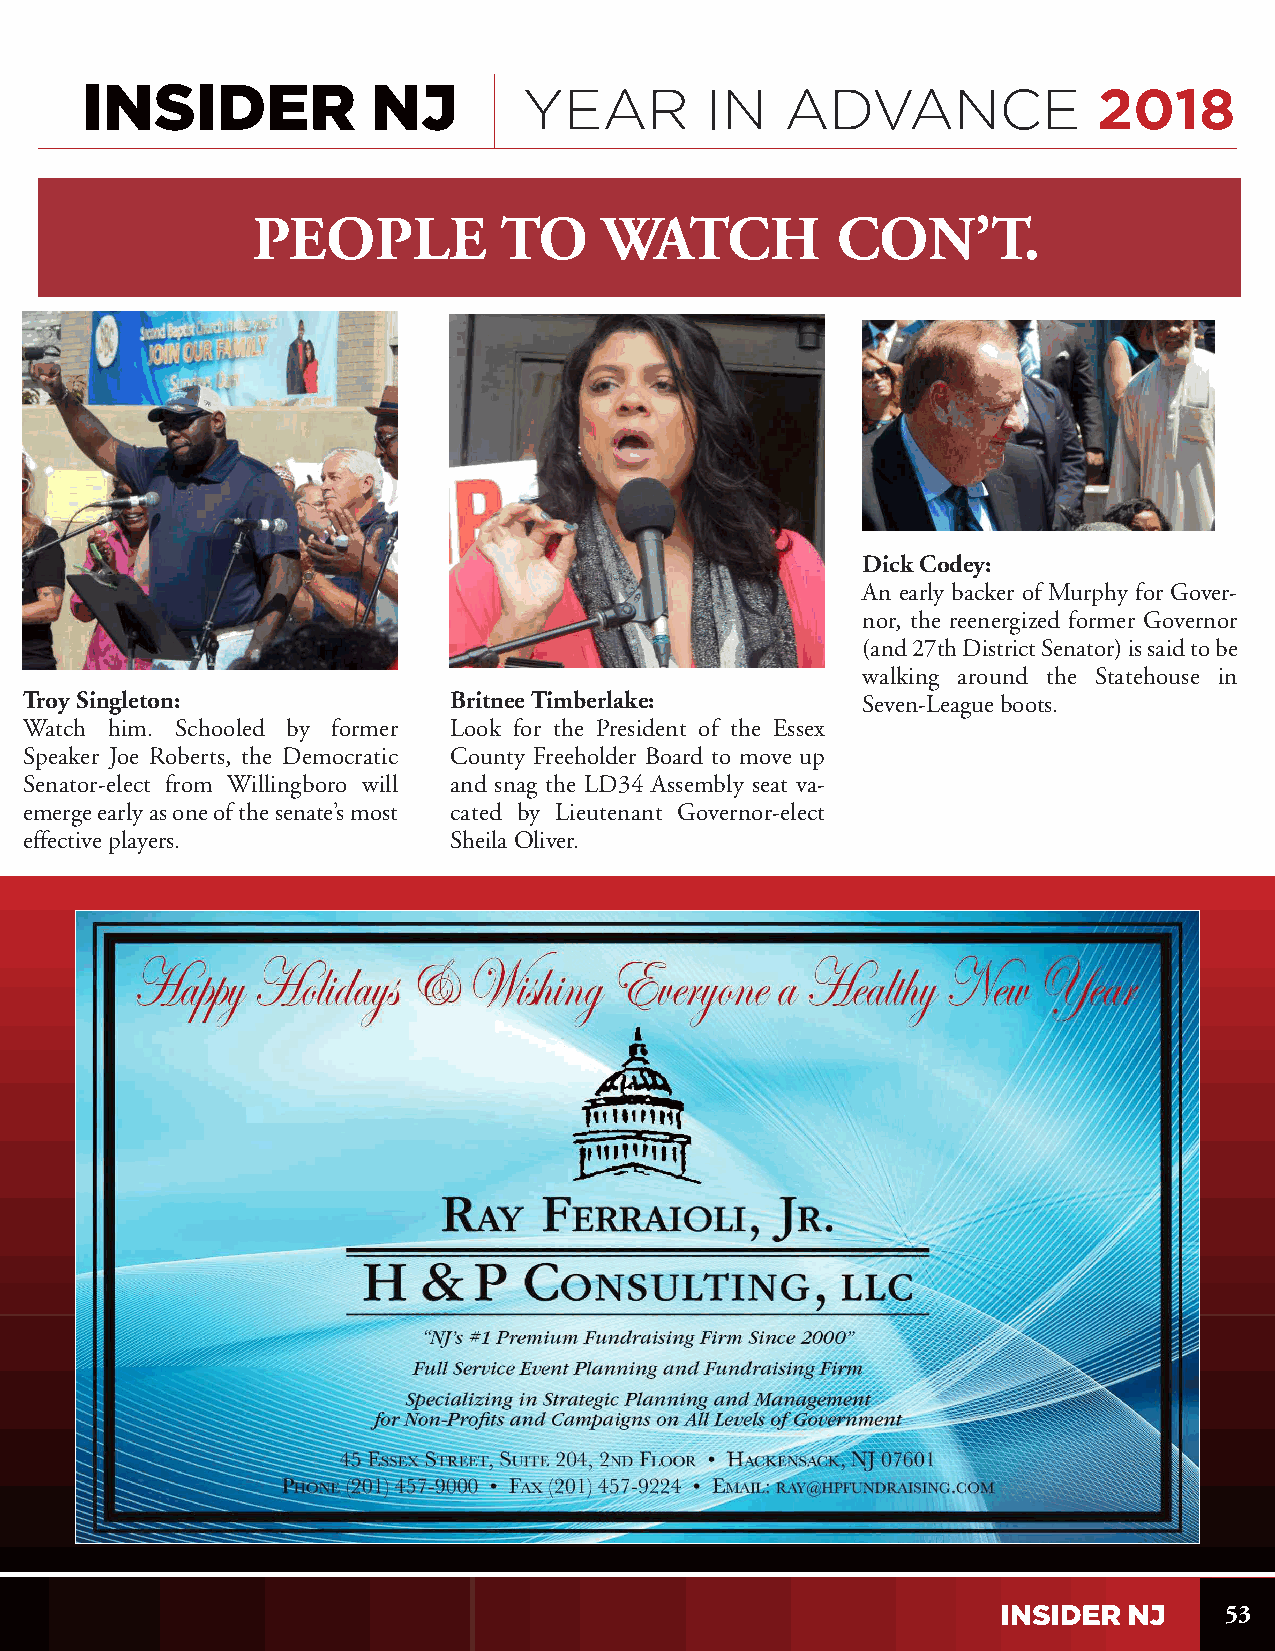
YEAR        IN   ADVANCE              2018
 PEOPLE          TO     WATCH          CON’T.
 Dick Codey:
 An early backer of Murphy for Gover-
 nor, the reenergized former Governor
 (and 27th District Senator) is said to be
 walking around the Statehouse in
 Troy Singleton:             Britnee Timberlake:        Seven-League boots.
 Watch him. Schooled by former Look for the President of the Essex
 Speaker Joe Roberts, the Democratic County Freeholder Board to move up
 Senator-elect from Willingboro will and snag the LD34 Assembly seat va-
 emerge early as one of the senate’s most cated by Lieutenant Governor-elect
 effective players.          Sheila Oliver.
 53